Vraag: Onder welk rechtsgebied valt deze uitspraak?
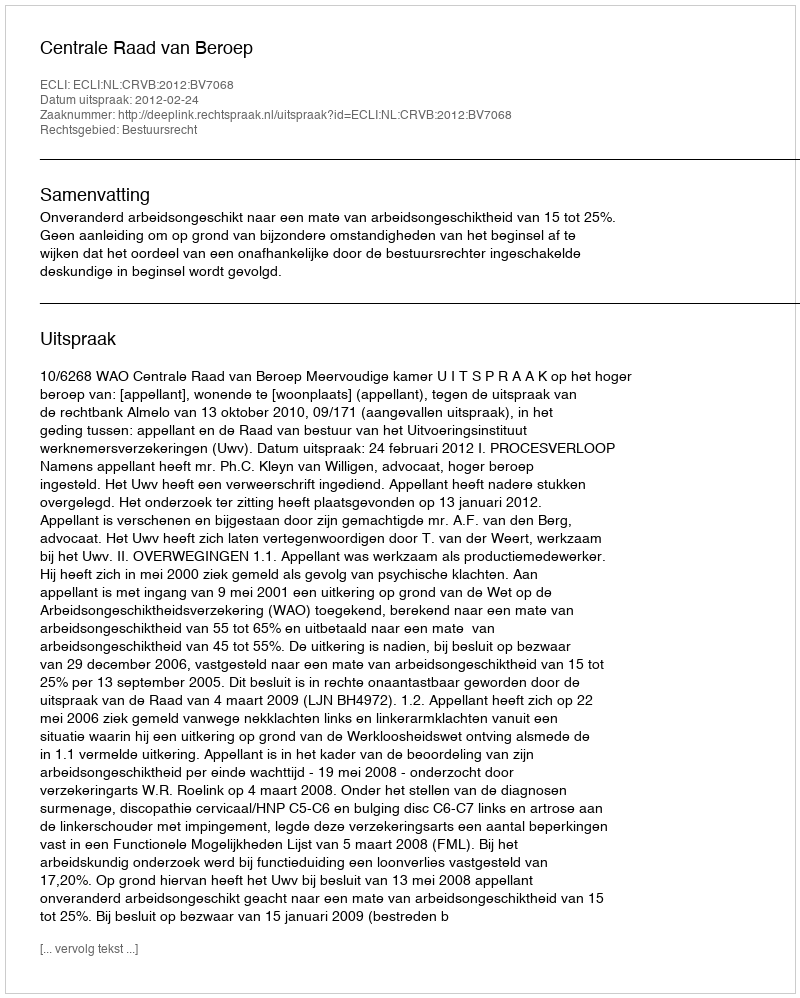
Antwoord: Bestuursrecht